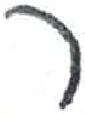
אות: ר